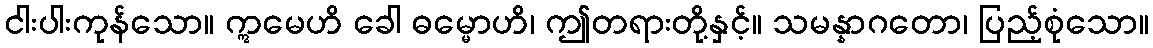
ငါးပါးကုန်သော။ ဣမေဟိ ခေါ ဓမ္မောဟိ၊ ဤတရားတို့နှင့်။ သမန္နာဂတော၊ ပြည့်စုံသော။